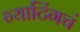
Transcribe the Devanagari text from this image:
ग्याटिंगचं